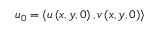
\boldsymbol { u } _ { 0 } = \left< u \left( x , y , 0 \right) , v \left( x , y , 0 \right) \right>